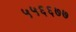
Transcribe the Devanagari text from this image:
५५६६७७